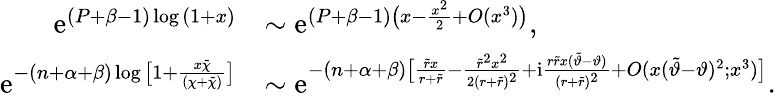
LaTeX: \begin{array}{rl}{\mathrm{e}^{(P+\beta-1)\log{(1+x)}}}&{\sim\mathrm{e}^{(P+\beta-1)\big(x-\frac{x^{2}}{2}+O(x^{3})\big)},}\\ {\mathrm{e}^{-(n+\alpha+\beta)\log{\big[1+\frac{x\tilde{\chi}}{(\chi+\tilde{\chi})}\big]}}}&{\sim\mathrm{e}^{-(n+\alpha+\beta)\big[\frac{\tilde{r}x}{r+\tilde{r}}-\frac{\tilde{r}^{2}x^{2}}{2(r+\tilde{r})^{2}}+\mathrm{i}\frac{r\tilde{r}x(\tilde{\vartheta}-\vartheta)}{(r+\tilde{r})^{2}}+O(x(\tilde{\vartheta}-\vartheta)^{2};x^{3})\big]}.}\end{array}